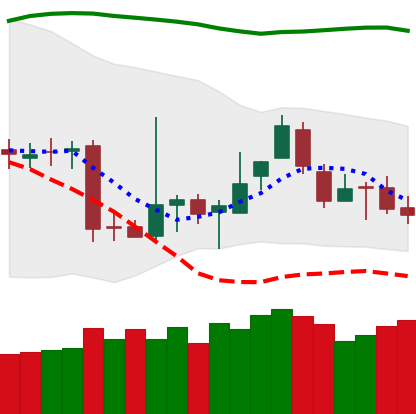
Ticker: BTC-USD
Chart end date: 2018-11-13
Forward return: -11.573%
Label: down_7plus